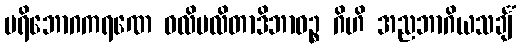
ပရိဘောဂကရဏေ ဝလိပလိတာဒိဘာဝဉ္စ ဂိဟိ အညဘာဂိယသင်္ချံ